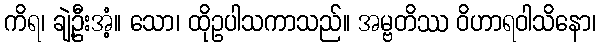
ကိရ၊ ချဲ့ဦးအံ့။ သော၊ ထိုဥပါသကာသည်။ အမ္ဗတိဿ ဝိဟာရဝါသိနော၊